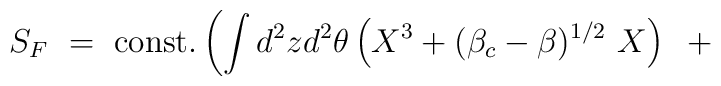
S_F ~=~{\rm const.} \left( \int d^2 z d^2 \theta \left( X^3+(\beta_c-\beta)^{1/2}~X\right) ~+~  \right. \qquad \qquad \qquad \qquad\nonumber